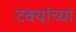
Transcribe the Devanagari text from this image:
टक्यांच्या